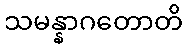
သမန္နာဂတောတိ